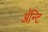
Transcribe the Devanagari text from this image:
अॅन्टि